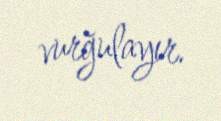
vurğulayır.